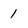
Character: 1